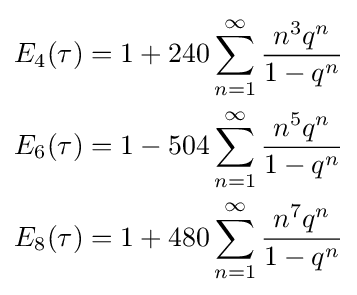
{\begin{aligned}E_{4}(\tau )&=1+240\sum _{n=1}^{\infty }{\frac {n^{3}q^{n}}{1-q^{n}}}\\E_{6}(\tau )&=1-504\sum _{n=1}^{\infty }{\frac {n^{5}q^{n}}{1-q^{n}}}\\E_{8}(\tau )&=1+480\sum _{n=1}^{\infty }{\frac {n^{7}q^{n}}{1-q^{n}}}\end{aligned}}